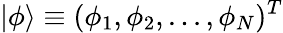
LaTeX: |\phi\rangle\equiv(\phi_{1},\phi_{2},...,\phi_{N})^{T}